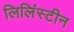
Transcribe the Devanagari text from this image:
लिलिंस्टीन